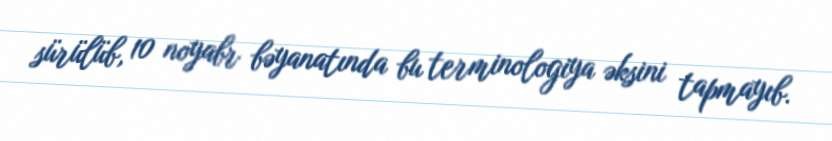
sürülüb, 10 noyabr bəyanatında bu terminologiya əksini tapmayıb.